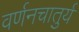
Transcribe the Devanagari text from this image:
वर्णनचातुर्य